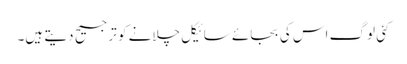
کئی لوگ اس کی بجائے سائیکل چلانے کو ترجیح دیتے ہیں۔